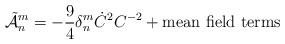
LaTeX: \begin{align*}\tilde{\cal A}_n^m = -\frac{9}{4}\delta^m_n\dot{C}^2C^{-2} +\mbox{mean field terms}\end{align*}